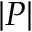
\left| P \right|